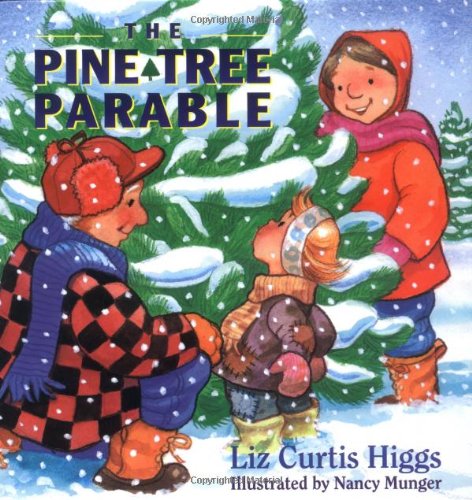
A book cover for The Parable Series: The Pine Tree Parable; Liz Curtis Higgs; Children's Books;